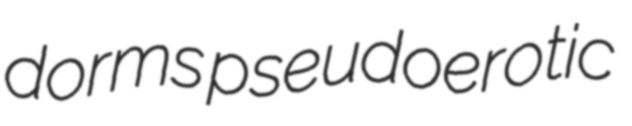
dorms pseudoerotic